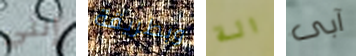
إنني وبطريقة الة آبى